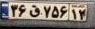
۳۶ق۷۵۶۱۲